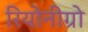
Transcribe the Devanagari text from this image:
रियोनीग्रो